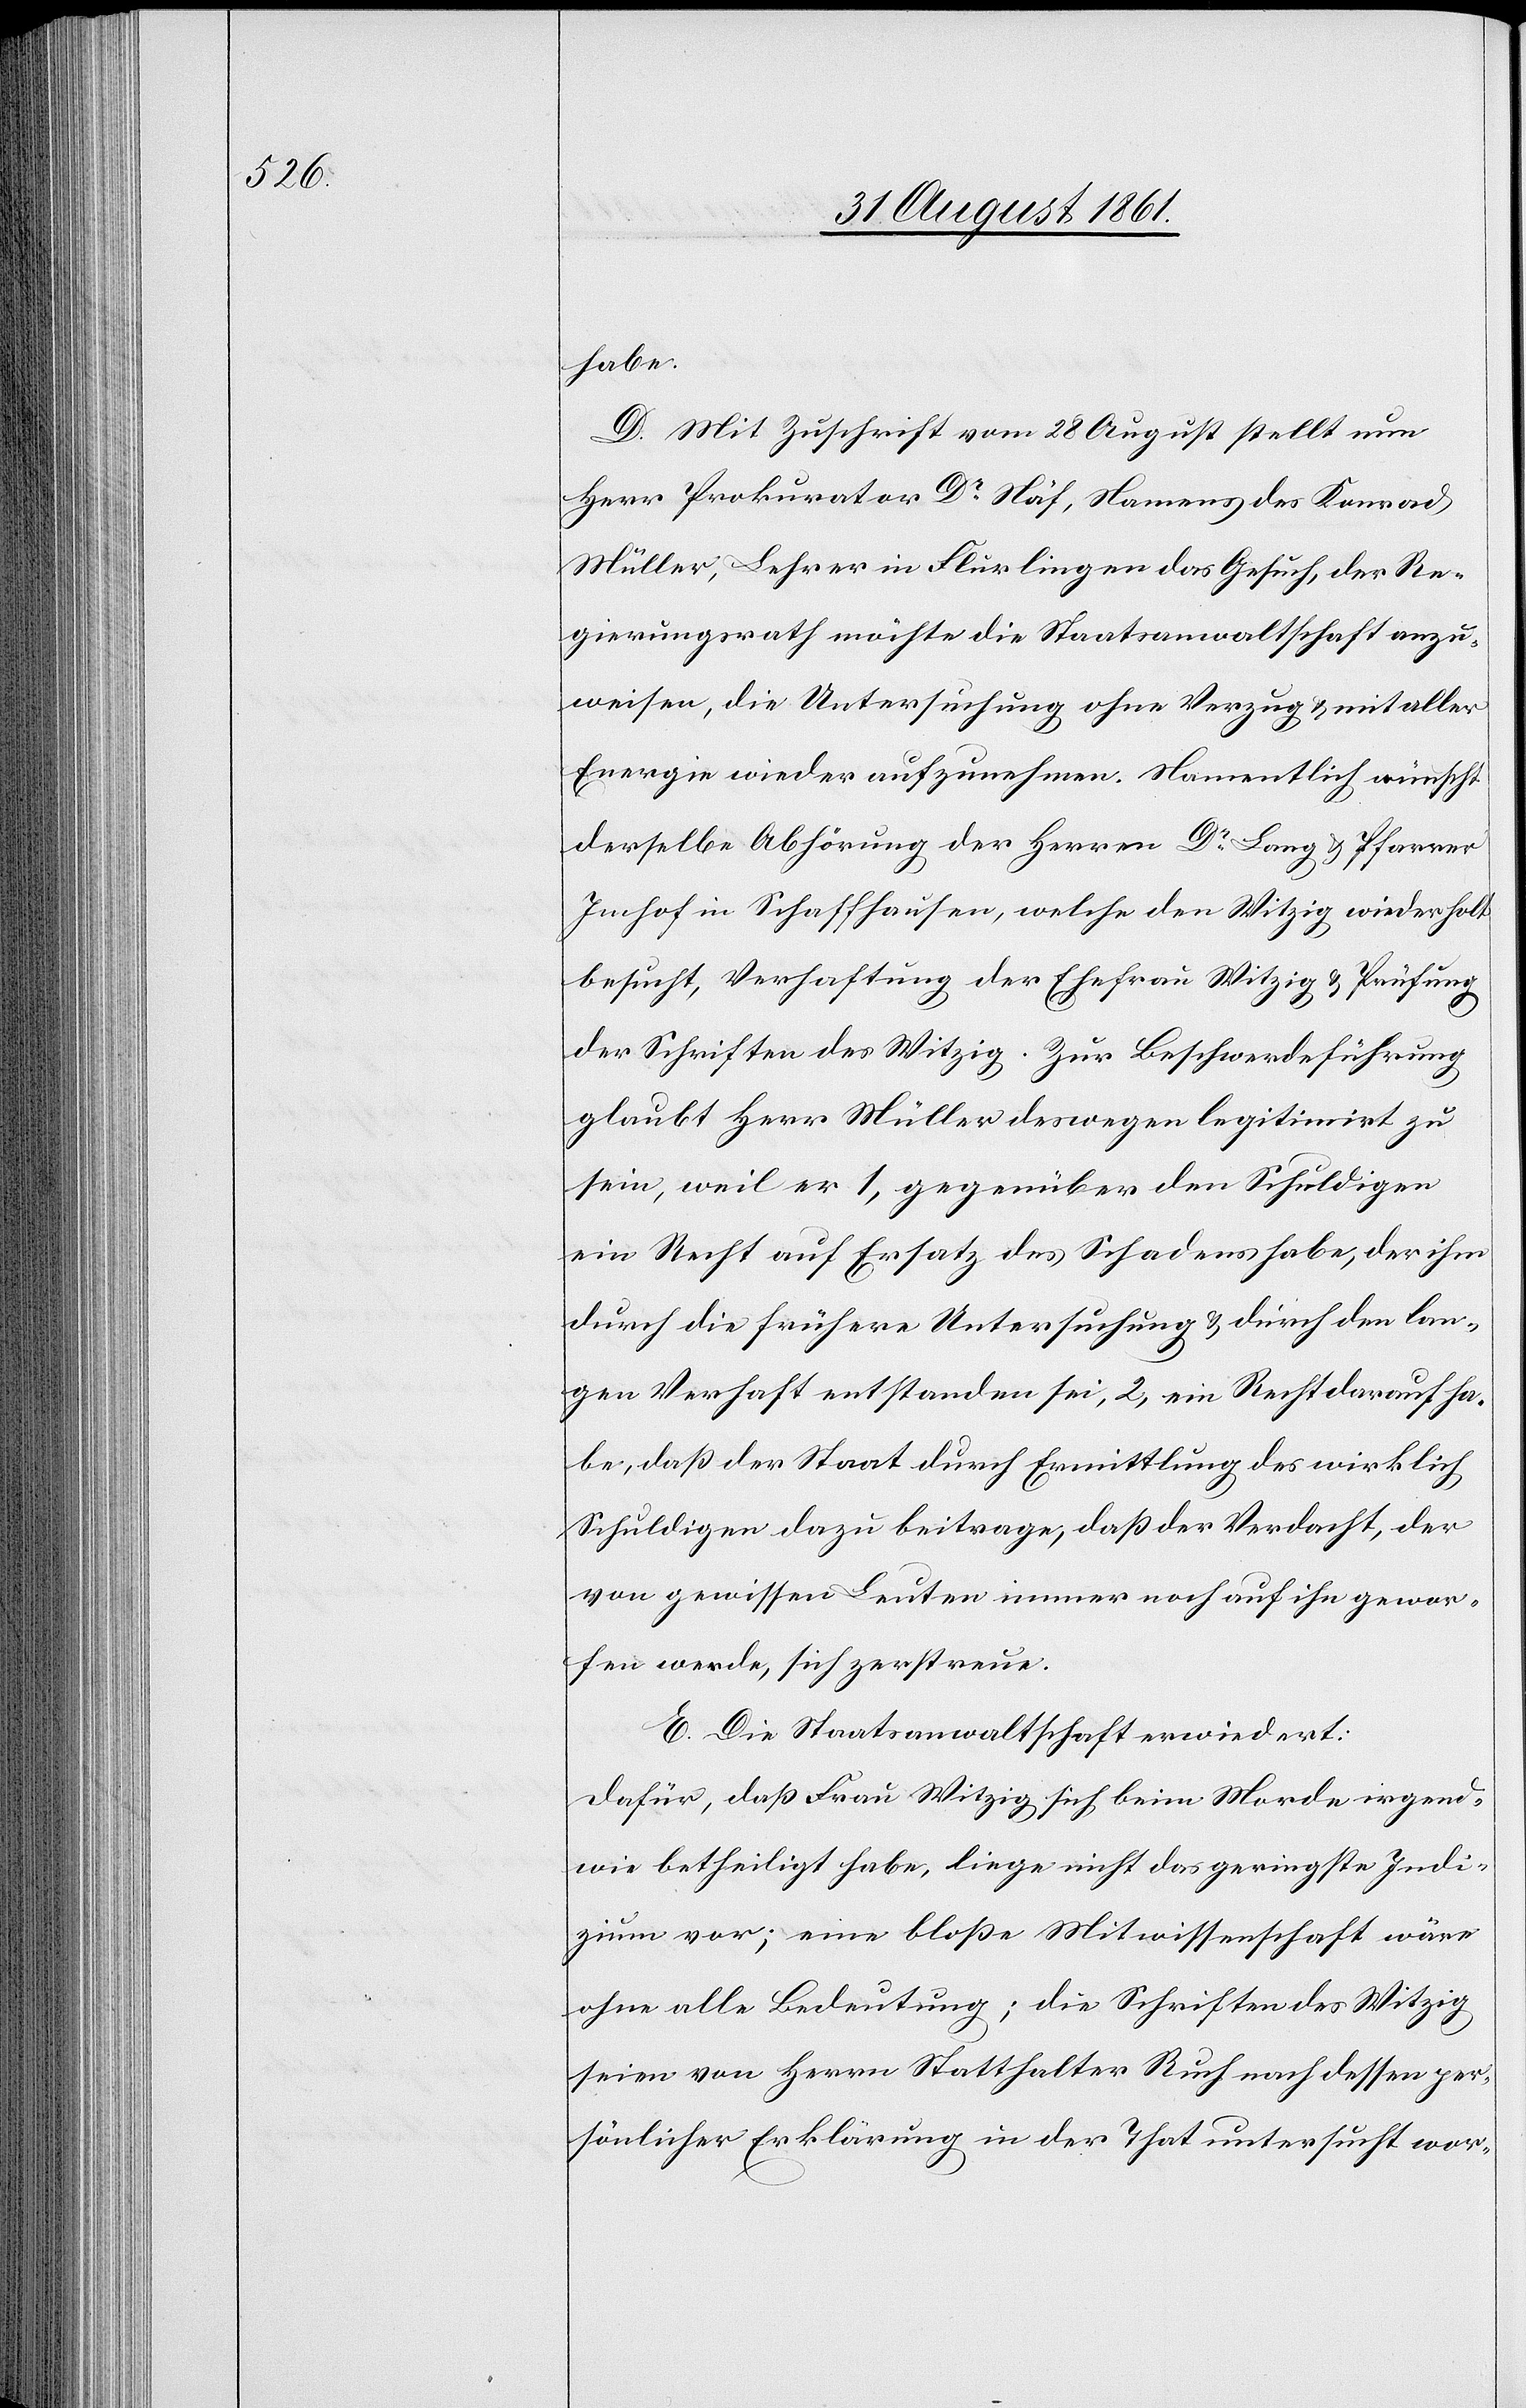
habe.
D. Mit Zuschrift vom 28 August stellt nun
Herr Prokurator Dr Näf, Namens des Konrad
Müller, Lehrer in Flurlingen das Gesuch, der Re¬
gierungsrath möchte die Staatsanwaltschaft anzu¬
weisen [sic!], die Untersuchung ohne Verzug u. mit aller
Energie wieder aufzunehmen. Namentlich wünscht
derselbe Abhörung der Herren Dr Lang u. Pfarrer
Imhof in Schaffhausen, welche den Witzig wiederholt
besucht, Verhaftung der Ehefrau Witzig u. Prüfung
der Schriften des Witzig. Zur Beschwerdeführung
glaubt Herr Müller deswegen legitimirt zu
sein, weil er 1, gegenüber den Schuldigen
ein Recht auf Ersatz des Schadens habe, der ihm
durch die frühere Untersuchung u. durch den lan¬
gen Verhaft entstanden sei, 2, ein Recht darauf ha¬
be, daß der Staat durch Ermittlung des wirklich
Schuldigen dazu beitrage, daß der Verdacht, der
von gewissen Leuten immer noch auf ihn gewor¬
fen werde, sich zerstreue.
E. Die Staatsanwaltschaft erwiedert:
Dafür, daß Frau Witzig sich beim Morde irgend¬
wie betheiligt habe, liege nicht das geringste Indi¬
zium vor; eine bloße Mitwisserschaft wäre
ohne alle Bedeutung; die Schriften des Witzig
seien von Herrn Statthalter Ruch nach dessen per¬
sönlicher Erklärung in der That untersucht wor-